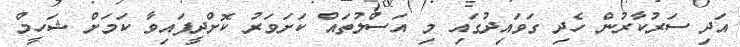
އަދި ސަރުކާރުން ހެދި ގަވައިދުގައި މި އަސްލުތައް ކަށަވަރު ކޮށްދީފައިވާ ކަމަށް ޝަހީމް